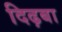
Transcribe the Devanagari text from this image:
दिढ़बा